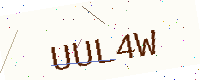
Text: UUL4W